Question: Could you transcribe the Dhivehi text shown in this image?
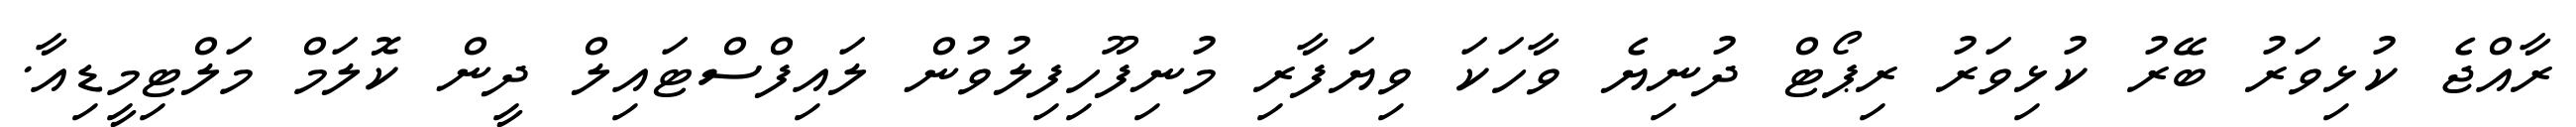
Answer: ރާއްޖެ ކުޅިވަރު ބޭރު ކުޅިވަރު ރިޕޯޓް ދުނިޔެ ވާހަކަ ވިޔަފާރި މުނިފޫހިފިލުވުން ލައިފްސްޓައިލް ދީން ކޮލަމް މަލްޓިމީޑިއާ.